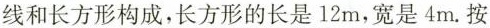
线和长方形构成，长方形的长是12m，宽是4m.按